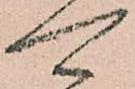
可